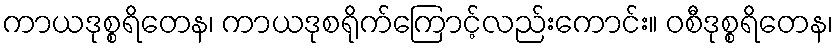
ကာယဒုစ္စရိတေန၊ ကာယဒုစရိုက်ကြောင့်လည်းကောင်း။ ဝစီဒုစ္စရိတေန၊